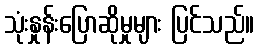
သုံးနှုန်းပြောဆိုမှုများ ပြင်သည်။